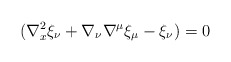
\begin{align*}(\nabla^{2}_x \xi_{\nu} + \nabla_{\nu} \nabla^{\mu} \xi_{\mu} - \xi_{\nu})=0\end{align*}